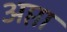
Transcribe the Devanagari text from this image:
अप्ता